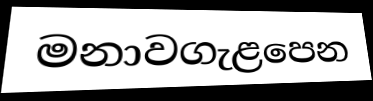
මනාවගැළපෙන